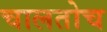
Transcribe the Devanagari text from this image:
चालतोच